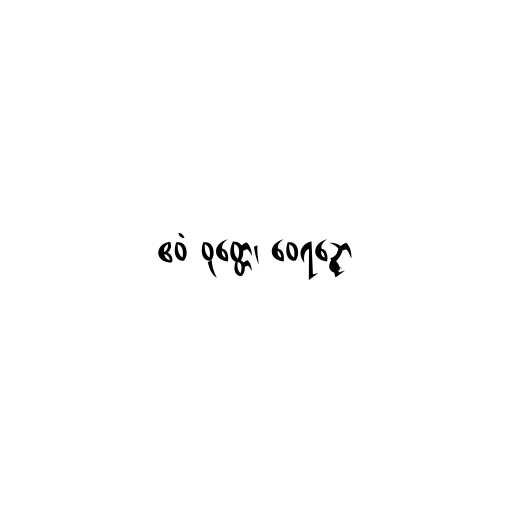
ဧဝံ ဝုတ္တေ၊ ဝေရဉ္ဇော